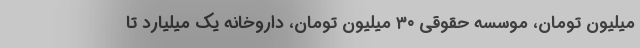
میلیون تومان، ‌موسسه حقوقی ۳۰ میلیون تومان، داروخانه یک میلیارد تا